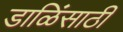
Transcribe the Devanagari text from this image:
डाळिंसाठी